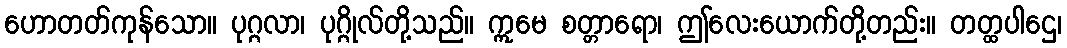
ဟောတတ်ကုန်သော။ ပုဂ္ဂလာ၊ ပုဂ္ဂိုလ်တို့သည်။ ဣမေ စတ္တာရော၊ ဤလေးယောက်တို့တည်း။ တတ္ထပါဌေ၊